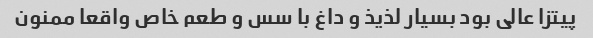
پیتزا عالی بود بسیار لذیذ و داغ با سس و طعم خاص واقعا ممنون